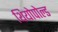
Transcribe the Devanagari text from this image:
थियोपोल्ड